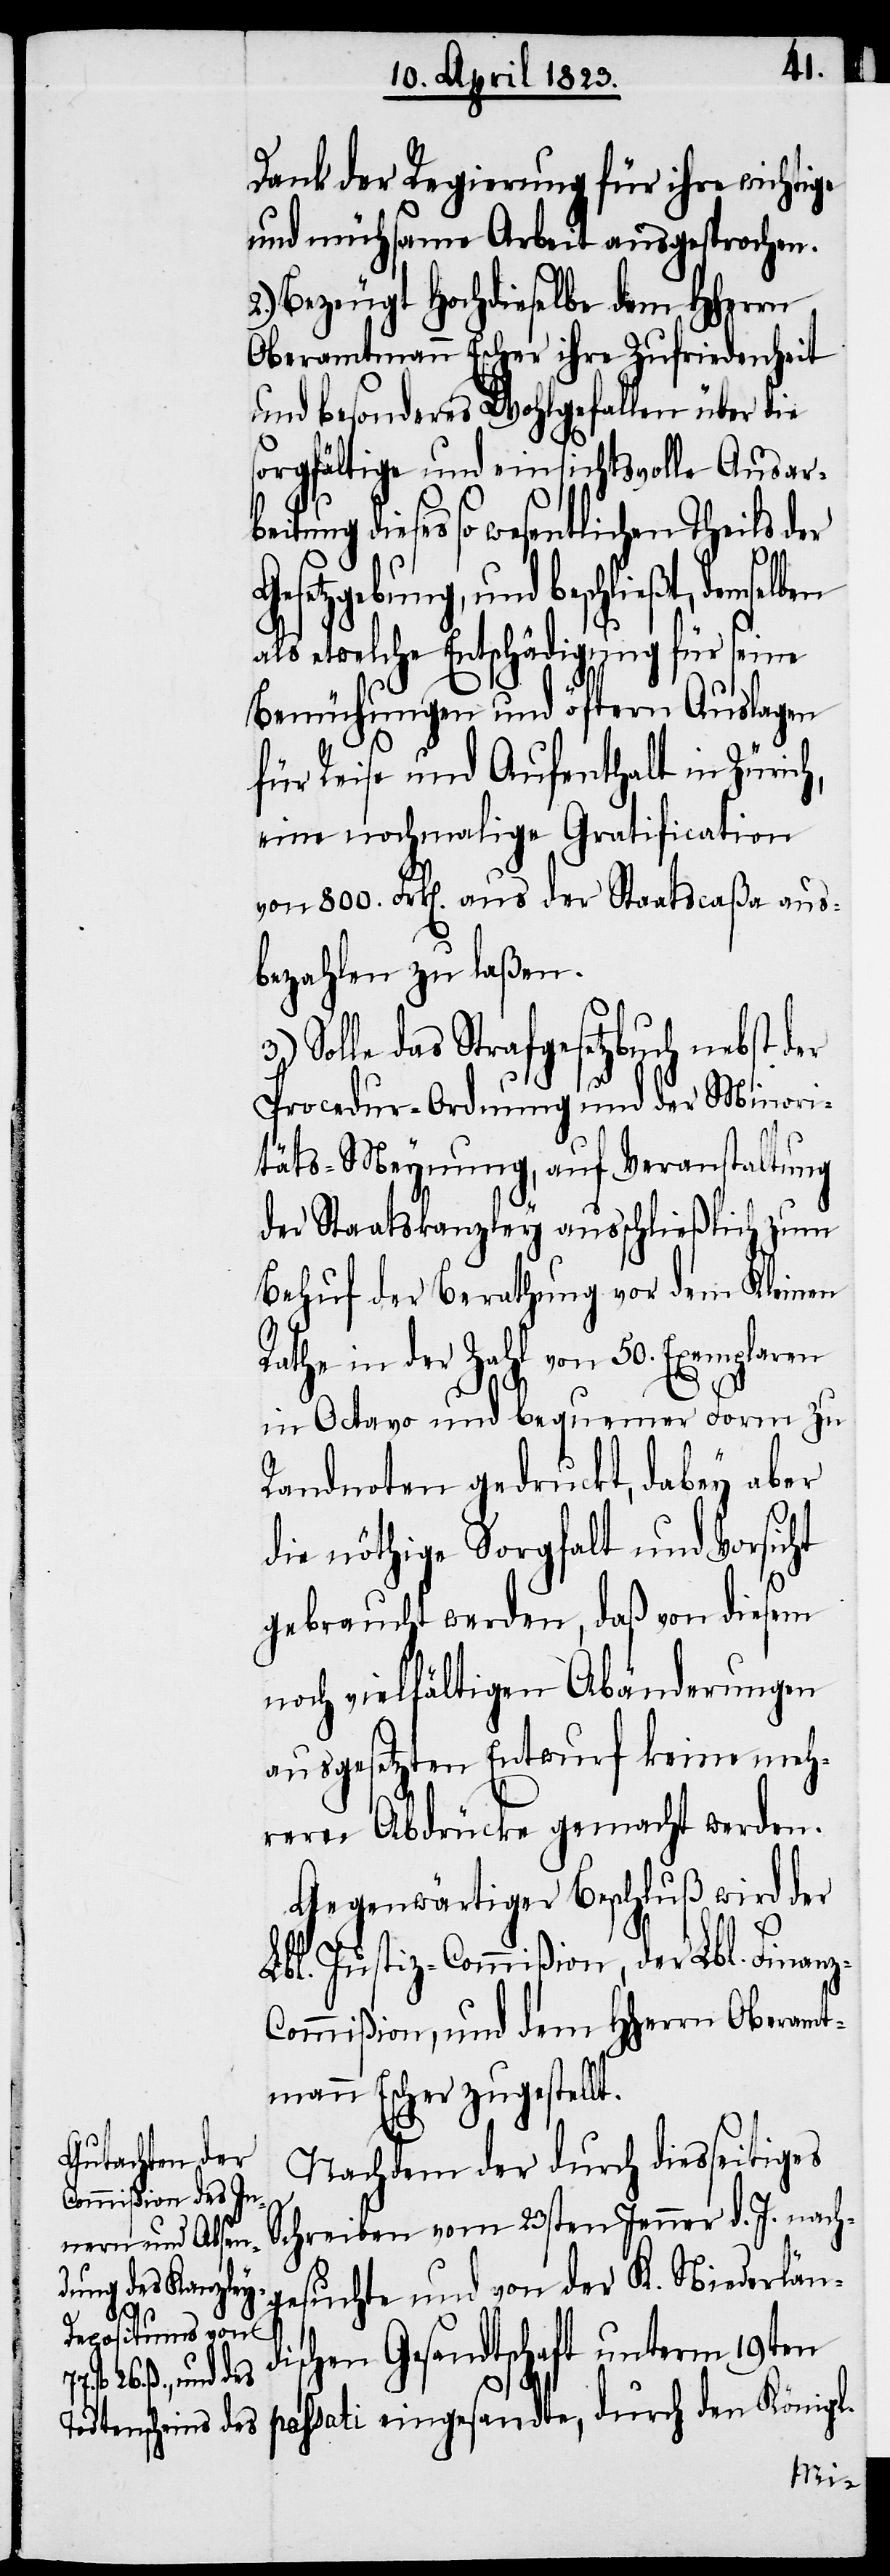
Dank der Regierung für ihre wichtige
und mühsame Arbeit ausgesprochen.
2.) Bezeugt Hochdieselbe dem Hherrn
Oberamtmann Escher ihre Zufriedenheit
und besonderes Wohlgefallen über die
sorgfältige und einsichtsvolle Ausarb¬
eitung dieses so wesentlichen Theils der
Rat¬
Gesetzgebung, und beschließt, demselb¬
als etwelche Entschädigung für seine
Bemühungen und öftern Auslagen
für Reise und Aufenthalt in Zürich,
eine nochmalige Gratification
von 800. Frk[en]. aus der Staatscaßa aus¬
bezahlen zu laßen.
Solle das Strafgesetzbuch nebst
Procedur-Ordnung und der Minori¬
täts-Meynung, auf Veranstaltung
der Staatskanzley ausschließlich zum
Behuf der Berathung vor dem Kleinen
he in der Zahl von 50. Exemplaren
in Octavo und bequemer Form zu
Randnoten gedruckt, dabey aber
die nöthige Sorgfalt und Vorsicht
en
gebraucht werden, daß von diesem
noch vielfältigen Abänderungen
ausgesetzten Entwurf keine meh¬
rern Abdrücke gemacht werden.
Gegenwärtiger Beschluß wird der
Lbl. Justiz-Commißion, der Lbl. Finan¬
z-Commißion, und dem Hherrn Oberamt¬
mann Escher zugestellt.
Nachdem der durch diesseitiges
Schreiben vom 23sten Jenner d. J. nach¬
gesuchte und von der K. Niederländ¬
ischen Gesandtschaft unterm 19ten
passati eingesandte, durch den Königl.